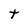
Character: t